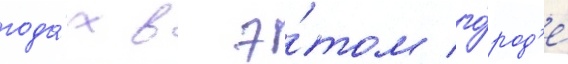
года́х в э́том го́род'е